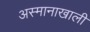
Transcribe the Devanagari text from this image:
अस्मानाखाली